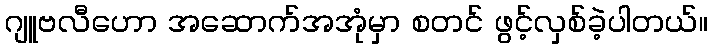
ဂျူဗလီဟော အဆောက်အအုံမှာ စတင် ဖွင့်လှစ်ခဲ့ပါတယ်။